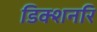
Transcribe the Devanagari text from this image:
डिक्शनरि